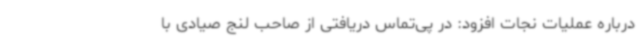
درباره عملیات نجات افزود: در پی‌تماس دریافتی از صاحب لنج صیادی با